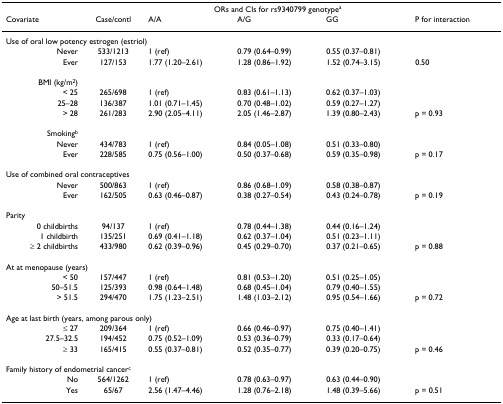
<table><thead><tr><td></td><td></td><td colspan="3"><b>ORs and CIs for rs9340799 genotype<sup>a</sup></b></td><td></td></tr><tr><td><b>Covariate</b></td><td><b>Case/contl</b></td><td><b>A/A</b></td><td><b>A/G</b></td><td><b>GG</b></td><td><b>P for interaction</b></td></tr></thead><tbody><tr><td colspan="6">Use of oral low potency estrogen (estriol)</td></tr><tr><td>Never</td><td>533/1213</td><td>1 (ref)</td><td>0.79 (0.64–0.99)</td><td>0.55 (0.37–0.81)</td><td></td></tr><tr><td>Ever</td><td>127/153</td><td>1.77 (1.20–2.61)</td><td>1.28 (0.86–1.92)</td><td>1.52 (0.74–3.15)</td><td>0.50</td></tr><tr><td>BMI (kg/m<sup>2</sup>)</td><td></td><td></td><td></td><td></td><td></td></tr><tr><td>&lt; 25</td><td>265/698</td><td>1 (ref)</td><td>0.83 (0.61–1.13)</td><td>0.62 (0.37–1.03)</td><td></td></tr><tr><td>25–28</td><td>136/387</td><td>1.01 (0.71–1.45)</td><td>0.70 (0.48–1.02)</td><td>0.59 (0.27–1.27)</td><td></td></tr><tr><td>&gt; 28</td><td>261/283</td><td>2.90 (2.05–4.11)</td><td>2.05 (1.46–2.87)</td><td>1.39 (0.80–2.43)</td><td>p = 0.93</td></tr><tr><td>Smoking<sup>b</sup></td><td></td><td></td><td></td><td></td><td></td></tr><tr><td>Never</td><td>434/783</td><td>1 (ref)</td><td>0.84 (0.05–1.08)</td><td>0.51 (0.33–0.80)</td><td></td></tr><tr><td>Ever</td><td>228/585</td><td>0.75 (0.56–1.00)</td><td>0.50 (0.37–0.68)</td><td>0.59 (0.35–0.98)</td><td>p = 0.17</td></tr><tr><td colspan="6">Use of combined oral contraceptives</td></tr><tr><td>Never</td><td>500/863</td><td>1 (ref)</td><td>0.86 (0.68–1.09)</td><td>0.58 (0.38–0.87)</td><td></td></tr><tr><td>Ever</td><td>162/505</td><td>0.63 (0.46–0.87)</td><td>0.38 (0.27–0.54)</td><td>0.43 (0.24–0.78)</td><td>p = 0.19</td></tr><tr><td>Parity</td><td></td><td></td><td></td><td></td><td></td></tr><tr><td>0 childbirths</td><td>94/137</td><td>1 (ref)</td><td>0.78 (0.44–1.38)</td><td>0.44 (0.16–1.24)</td><td></td></tr><tr><td>1 childbirth</td><td>135/251</td><td>0.69 (0.41–1.18)</td><td>0.62 (0.37–1.04)</td><td>0.51 (0.23–1.11)</td><td></td></tr><tr><td>≥ 2 childbirths</td><td>433/980</td><td>0.62 (0.39–0.96)</td><td>0.45 (0.29–0.70)</td><td>0.37 (0.21–0.65)</td><td>p = 0.88</td></tr><tr><td colspan="6">At at menopause (years)</td></tr><tr><td>&lt; 50</td><td>157/447</td><td>1 (ref)</td><td>0.81 (0.53–1.20)</td><td>0.51 (0.25–1.05)</td><td></td></tr><tr><td>50–51.5</td><td>125/393</td><td>0.98 (0.64–1.48)</td><td>0.68 (0.45–1.04)</td><td>0.79 (0.40–1.55)</td><td></td></tr><tr><td>&gt; 51.5</td><td>294/470</td><td>1.75 (1.23–2.51)</td><td>1.48 (1.03–2.12)</td><td>0.95 (0.54–1.66)</td><td>p = 0.72</td></tr><tr><td colspan="6">Age at last birth (years, among parous only)</td></tr><tr><td>≤ 27</td><td>209/364</td><td>1 (ref)</td><td>0.66 (0.46–0.97)</td><td>0.75 (0.40–1.41)</td><td></td></tr><tr><td>27.5–32.5</td><td>194/452</td><td>0.75 (0.52–1.09)</td><td>0.53 (0.36–0.79)</td><td>0.33 (0.17–0.64)</td><td></td></tr><tr><td>≥ 33</td><td>165/415</td><td>0.55 (0.37–0.81)</td><td>0.52 (0.35–0.77)</td><td>0.39 (0.20–0.75)</td><td>p = 0.46</td></tr><tr><td colspan="6">Family history of endometrial cancer<sup>c</sup></td></tr><tr><td>No</td><td>564/1262</td><td>1 (ref)</td><td>0.78 (0.63–0.97)</td><td>0.63 (0.44–0.90)</td><td></td></tr><tr><td>Yes</td><td>65/67</td><td>2.56 (1.47–4.46)</td><td>1.28 (0.76–2.18)</td><td>1.48 (0.39–5.66)</td><td>p = 0.51</td></tr></tbody></table>